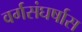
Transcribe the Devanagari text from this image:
वर्गसंघर्षास